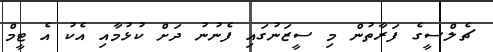
ޗެލްސީގެ ފަރާތުން މި ސީޒަނުގައި ފެނުނު ދަށް ކުޅުމާއި އެކު އެ ޓީމް